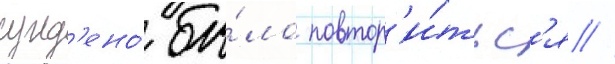
сужд'ено́ бы́ло повтор'и́тьс'я //